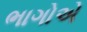
ભાગોએ